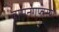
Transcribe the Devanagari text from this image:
वामनगुप्तस्य।